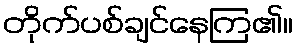
တိုက်ပစ်ချင်နေကြ၏။